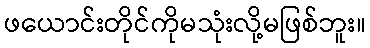
ဖယောင်းတိုင်ကိုမသုံးလို့မဖြစ်ဘူး။